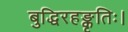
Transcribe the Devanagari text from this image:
बुद्धिरहङ्कृतिः।